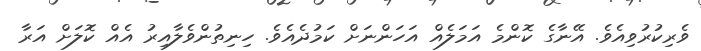
ވެރިކުރުވިއެވެ. އޭނާގެ ކޮންމެ އަމަލެއް އަހަންނަށް ކަމުދެއެވެ. ހިނިތުންވެލާއިރު އެއް ކޮލަށް އަރާ